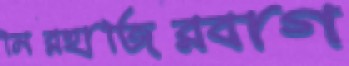
মিরহাজিরবাগ